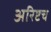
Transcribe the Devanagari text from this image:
अरिष्टच